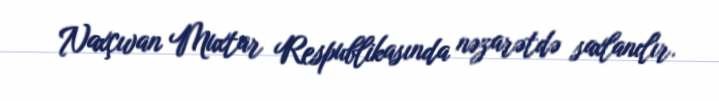
Naxçıvan Muxtar Respublikasında nəzarətdə saxlanılır.